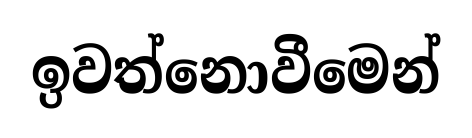
ඉවත්නොවීමෙන්